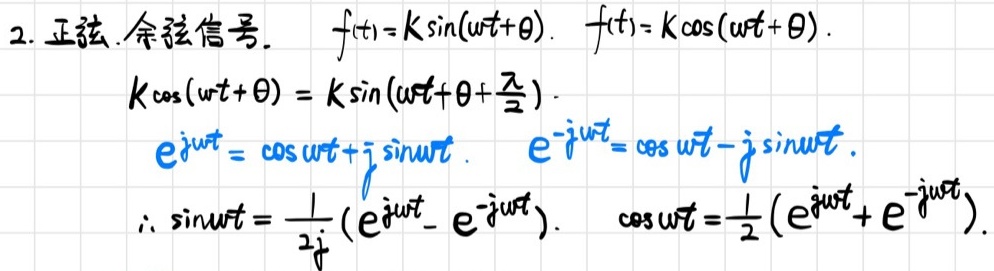
2. 正弦.余弦信号. $f(t)=K\sin(\omega t+\theta)$. $f(t)=K\cos(\omega t+\theta)$.
$K\cos(\omega t+\theta)=K\sin(\omega t+\theta+\frac{\pi}{2})$.
$e^{j\omega t}=\cos\omega t + j\sin\omega t$. $e^{-j\omega t}=\cos\omega t - j\sin\omega t$.
$\therefore \sin\omega t=\frac{1}{2j}(e^{j\omega t}-e^{-j\omega t})$. $\cos\omega t=\frac{1}{2}(e^{j\omega t}+e^{-j\omega t})$.